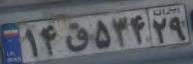
۱۴ق۵۳۴۲۹